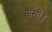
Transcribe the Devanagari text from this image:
कैसी॥